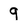
Character: 9